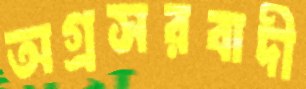
অগ্রসরবাদী